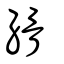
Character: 縎